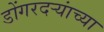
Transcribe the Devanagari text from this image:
डोंगरदऱ्यांच्या